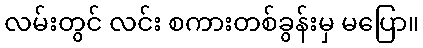
လမ်းတွင် လင်း စကားတစ်ခွန်းမှ မပြော။